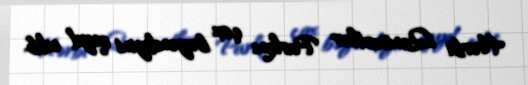
Hərbi Qənimətlər Parkını çox bəyəndiyini qeyd edib.